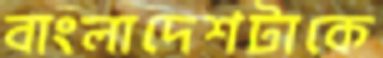
বাংলাদেশটাকে